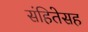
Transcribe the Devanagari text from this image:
संहितेसह